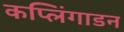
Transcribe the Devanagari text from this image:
कप्लिंगाडन